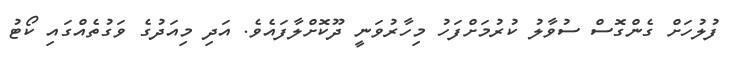
ފުލުހަށް ގެންގޮސް ސުވާލު ކުރުމަށްފަހު މިހާރުވަނީ ދޫކޮށްލާފައެވެ. އަދި މިއަދުގެ ވަގުތެއްގައި ކޯޓު